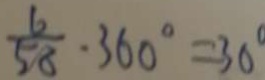
\frac { 6 } { 5 8 } \cdot 3 6 0 ^ { \circ } = 3 0 ^ { \circ }